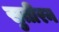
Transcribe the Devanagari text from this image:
सुतीरन